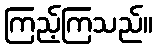
ကြည့်ကြသည်။